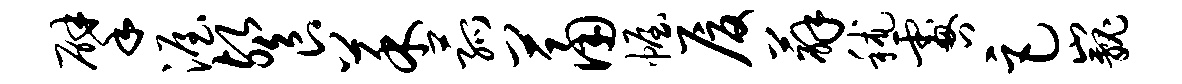
擘渥餐菜菰萧幄厦薜秫咎巨巍